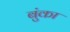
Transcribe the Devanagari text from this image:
बुंका